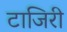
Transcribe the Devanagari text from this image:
टाजिरी